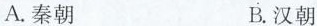
A.秦朝 B汉朝